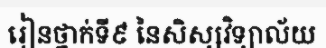
រៀនថ្នាក់ទី៩ នៃសិស្សវិទ្យាល័យ